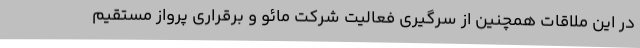
در این ملاقات همچنین از سرگیری فعالیت شرکت مائو و برقراری پرواز مستقیم